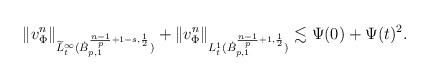
\begin{align*}\|{v}^n_{\Phi}\|_{\widetilde{L}_t^\infty(\dot{B}^{\frac{n-1}{p}+1-s,\frac {1}{2}}_{p,1})}+\|{v}^n_{\Phi}\|_{L_t^1(\dot{B}^{\frac{n-1}{p}+1,\frac {1}{2}}_{p,1})}\lesssim \Psi(0) + \Psi(t)^2.\end{align*}